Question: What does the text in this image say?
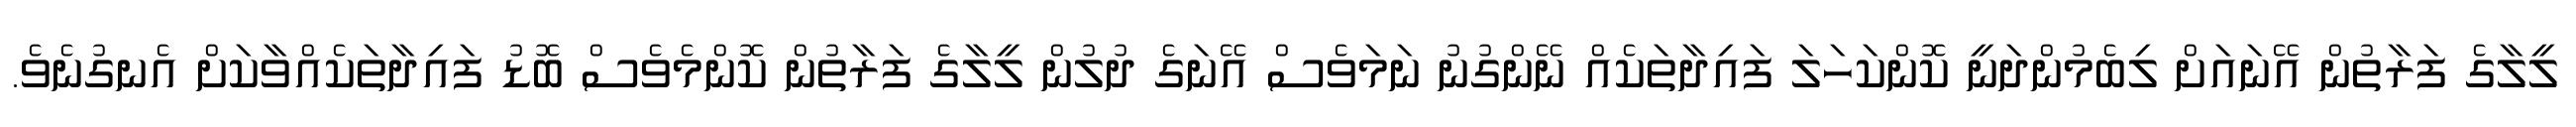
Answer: ލީލާގެ ފަރާތުން އޭނައަށް ލިބެމުންދަނީ ކޮންކަހަލަ ފައިދާތަކެއް ނޭންގުނު ނަމަވެސް އޭނަގެ ދުލުން ލީލާގެ ފަރާތުން ކޮންމެވެސް ބޮޑު ފައިދާތަކެއްވާކަށް އެނގުނެވެ.